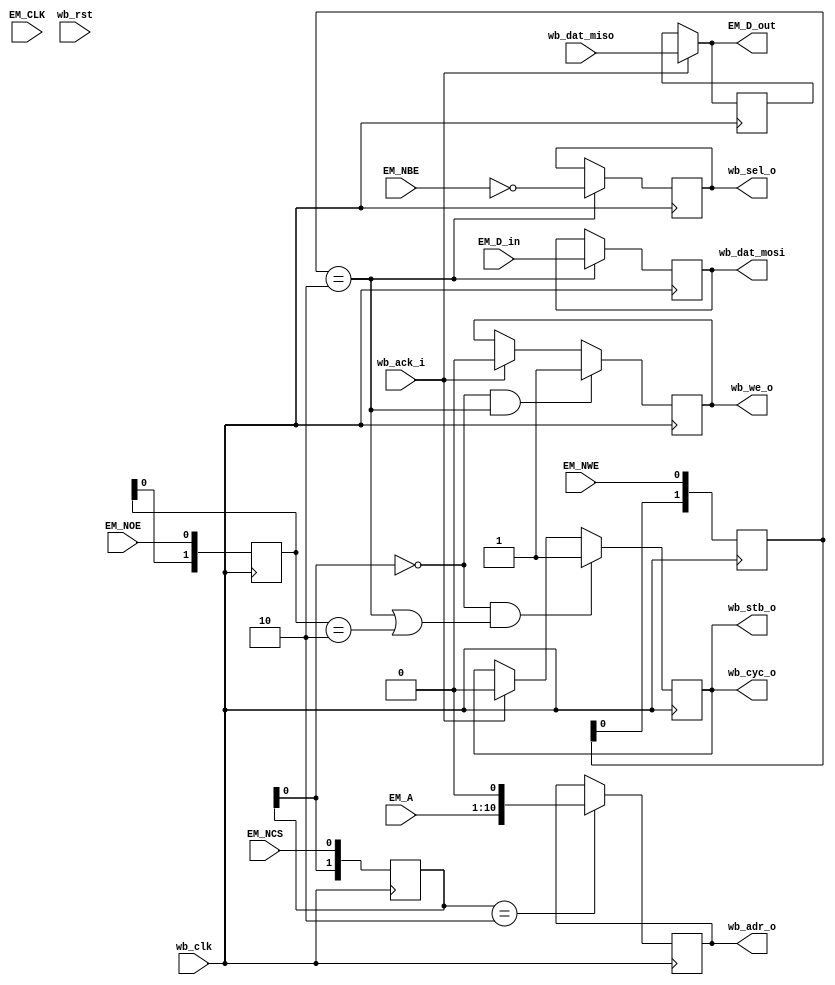


module gpmc_wb
  (input EM_CLK, input [15:0] EM_D_in, output [15:0] EM_D_out, input [10:1] EM_A, input [1:0] EM_NBE,
   input EM_NCS, input EM_NWE, input EM_NOE,

   input wb_clk, input wb_rst,
   output reg [10:0] wb_adr_o, output reg [15:0] wb_dat_mosi, input [15:0] wb_dat_miso,
   output reg [1:0] wb_sel_o, output wb_cyc_o, output reg wb_stb_o, output reg wb_we_o, input wb_ack_i);
   
   // ////////////////////////////////////////////
   // Control Path, Wishbone bus bridge (wb master)
   reg [1:0] 	cs_del, we_del, oe_del;

   // Synchronize the async control signals
   always @(posedge wb_clk)
     begin
	cs_del <= { cs_del[0], EM_NCS };
	we_del <= { we_del[0], EM_NWE };
	oe_del <= { oe_del[0], EM_NOE };
     end

   always @(posedge wb_clk)
     if(cs_del == 2'b10)  // Falling Edge
       wb_adr_o <= { EM_A, 1'b0 };

   always @(posedge wb_clk)
     if(we_del == 2'b10)  // Falling Edge
       begin
	  wb_dat_mosi <= EM_D_in;
	  wb_sel_o <= ~EM_NBE;
       end

   reg [15:0] EM_D_hold;
   
   always @(posedge wb_clk)
     if(wb_ack_i)
       EM_D_hold <= wb_dat_miso;

   assign EM_D_out = wb_ack_i ? wb_dat_miso : EM_D_hold;
   
   assign wb_cyc_o = wb_stb_o;

   always @(posedge wb_clk)
     if(~cs_del[0] & (we_del == 2'b10) )
       wb_we_o <= 1;
     else if(wb_ack_i)  // Turn off we when done.  Could also use we_del[0], others...
       wb_we_o <= 0;

   // FIXME should this look at cs_del[1]?
   always @(posedge wb_clk)
     if(~cs_del[0] & ((we_del == 2'b10) | (oe_del == 2'b10)))
       wb_stb_o <= 1;
     else if(wb_ack_i)
       wb_stb_o <= 0;
   
endmodule // gpmc_wb